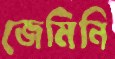
জেমিনি